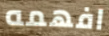
افهمه